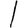
Digit: 1